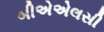
બીએએલસી